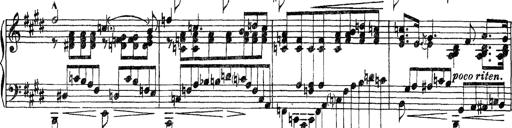
Title: Grandes Etudes
Composer: Franz Liszt